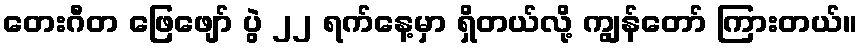
တေးဂီတ ဖြေဖျော် ပွဲ ၂၂ ရက်နေ့မှာ ရှိတယ်လို့ ကျွန်တော် ကြားတယ်။